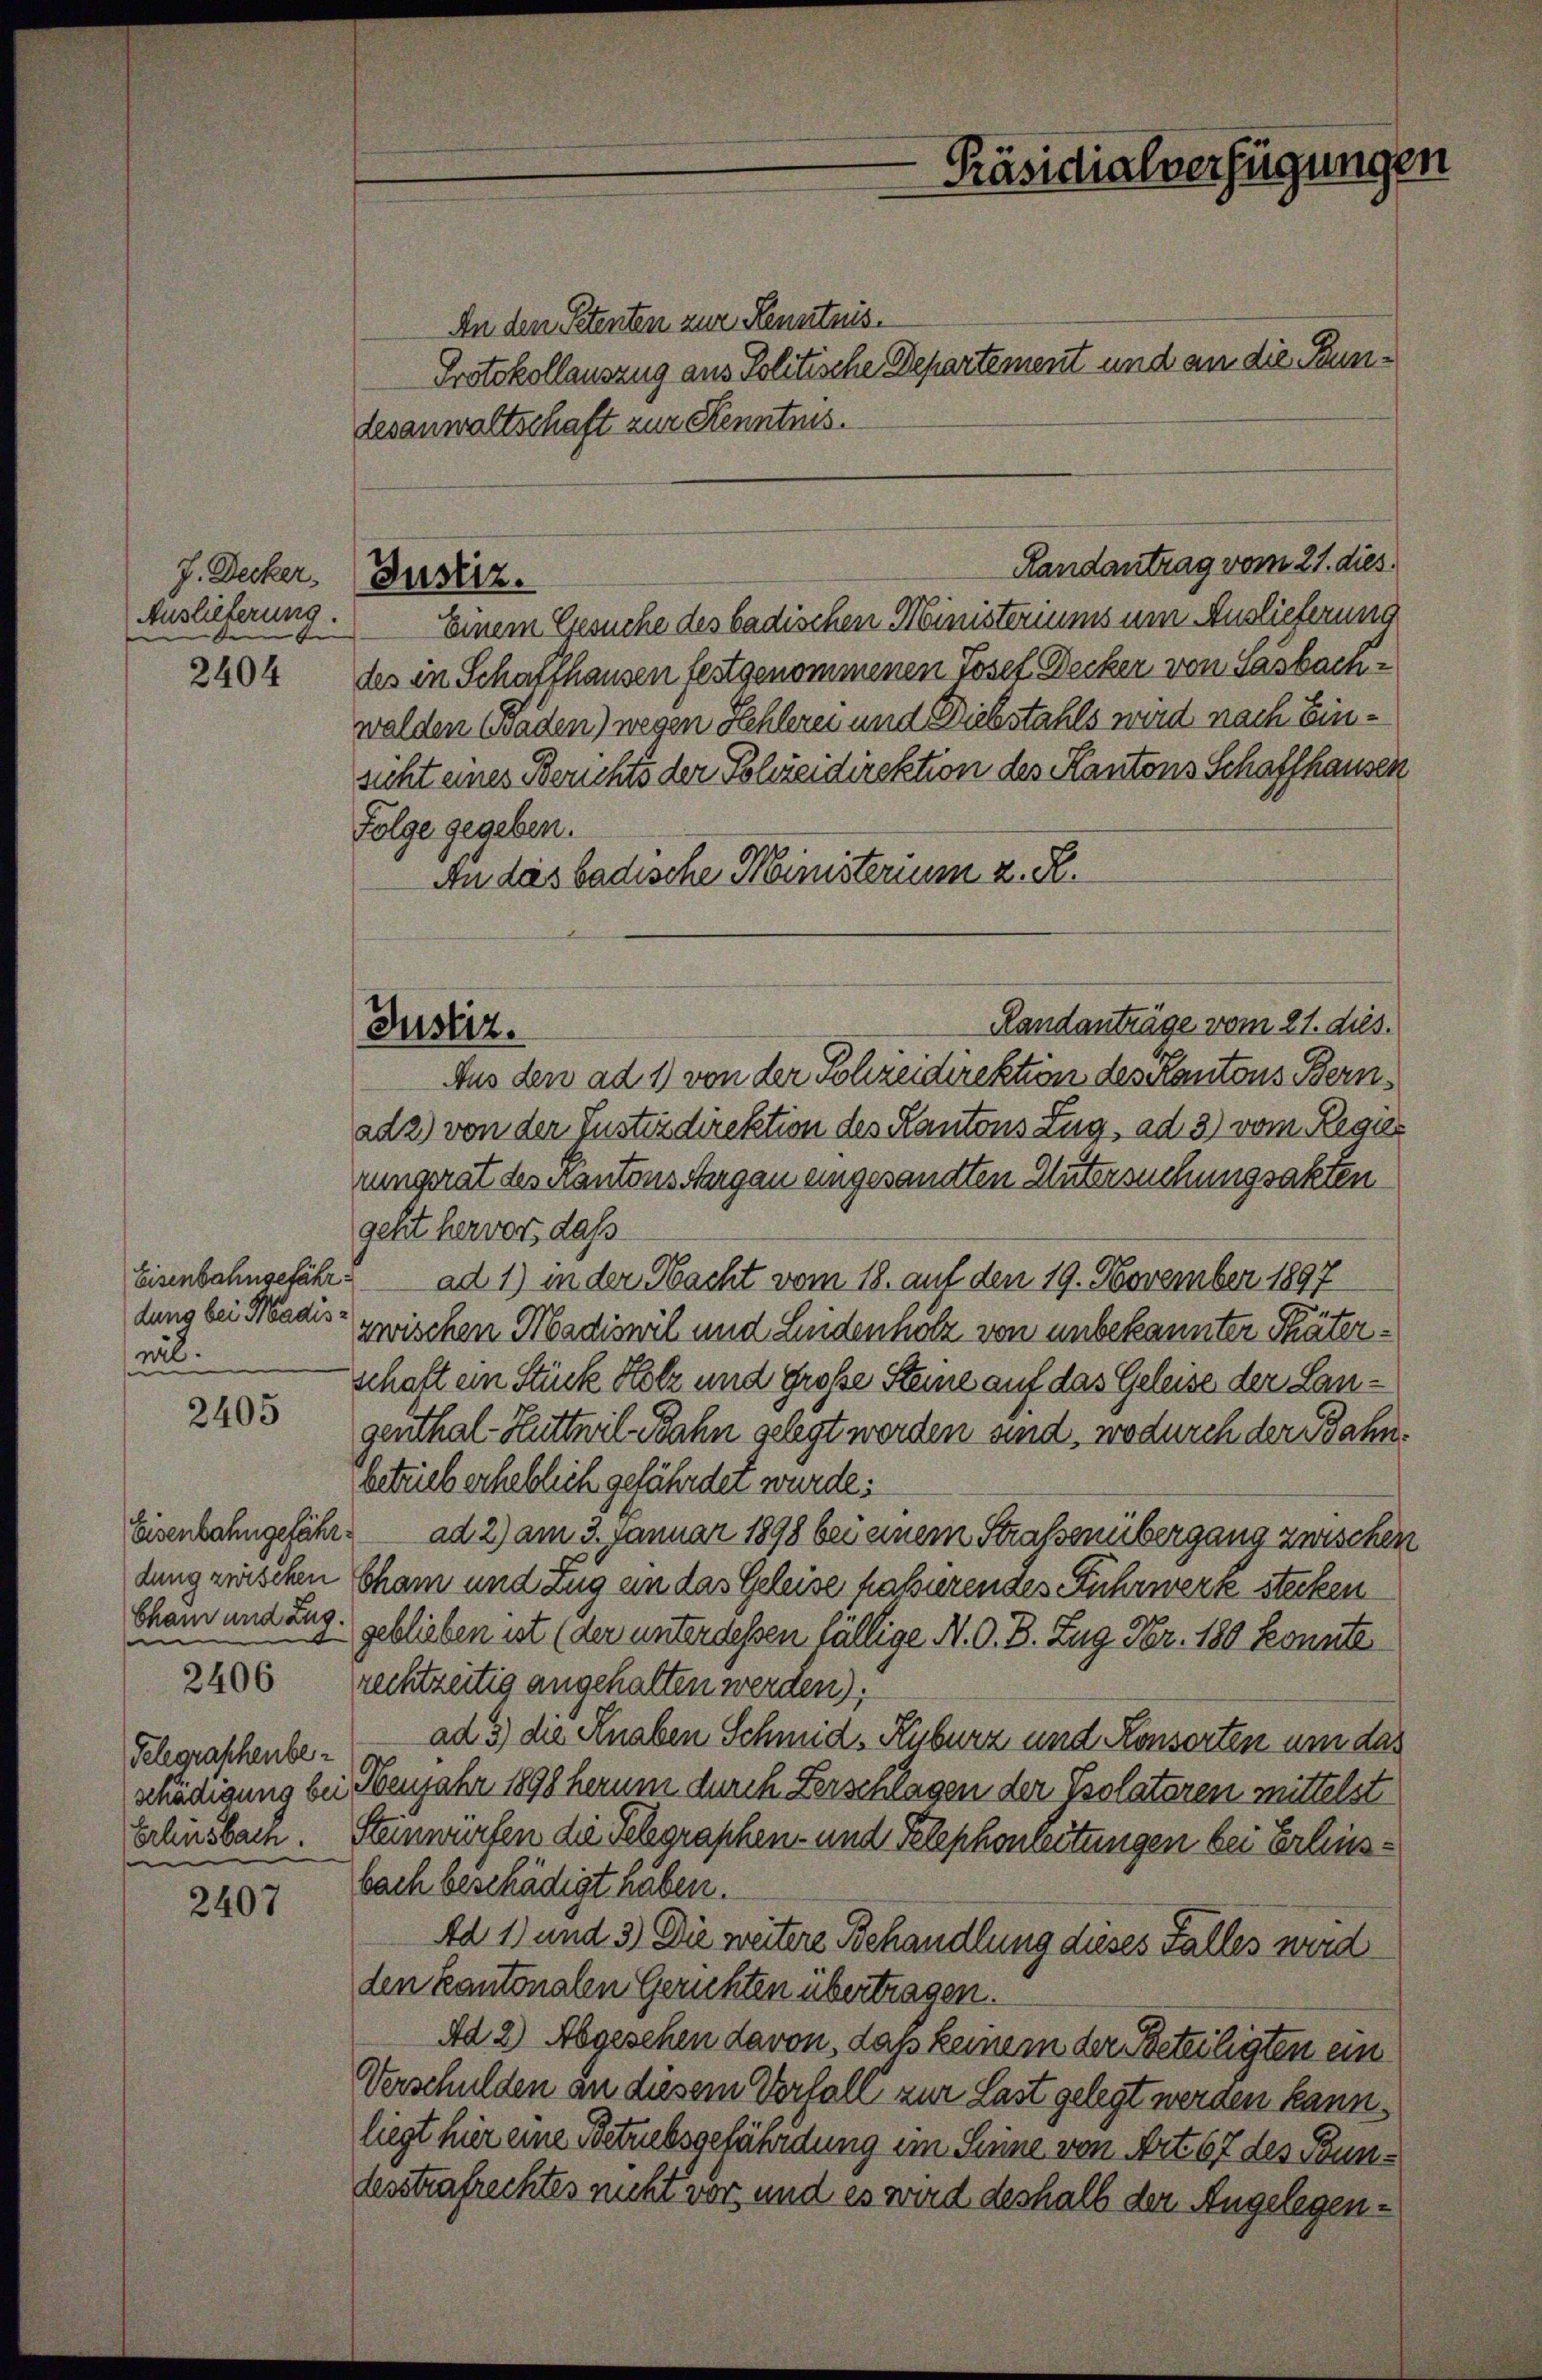
J. Decker,
Auslieferung.

2404

dung bei Hadisrib.

2405

Eisenbahngefähr
dung zwischen
Cham und Zug.
sein
2406
Telegraphenbeschädigung bei
Erlinsbach.
s

2407

An den Petenten zur Kenntnis.
Protokollauszug aus Politische Departement und an die Seundesanwaltschaft zur Kenntnis.
Randantrag vom 21. dies
Einem Gesuche des badischen Ministeriums um Auslieferung
des in Schaffhausen festgenommenen Josef Decker von Sasbachwalden (waden) wegen Kehlerei und Diebstahls wird nach Einsicht eines Berichts der Polizeidirektion des Kantons Schaffhausen
Folge gegeben.
An das badische Ministerium z. R.
Randanträge vom 21. dies.
Aus den ad 1) von der Schreidirektion des Kantons Bern,
ad 2) von der Justizdirektion des Kantons Zug, ad 3) vom Regier
rungerat des Kantons Aargau eingesandten Untersuchungsakten
geht hervor, daß
Eisenbahngefähr. ad 1) in der Nacht vom 18. auf den 19. November 1897
zwischen Madionil und Lindenholz von unbekannter Thäterschaft ein Stück Holz und Große Steine auf das Geleise der Langenthal-Huttwil-Bahn gelegt werden sind, wodurch der Bahnbetrieb erheblich gefährdet wurde;
 ad 2) am 3. Januar 1898 bei einem Straßenübergang zwischen
Cham und Zug ein das Geleise passierendes Fuhrwerk stecken
geblieben ist (der unter dessen fällige N. O. B. Zug Fr. 180 konnte
rechtzeitig angehalten werden);
ad 3) die Knaben Schmid, Kyburz und Konsorten um das
 Neujahr 1898 herum durch Verschlagen der Psolatoren mittelst
Steinwürfen die Telegraphen- und Telephonleitungen bei Erleissbach beschädigt haben.
Ad 1) und 3) Die weitere Behandlung dieses Falles wird
den kantonalen Gerichten übertragen.
Ad 2) Abgesehen davon, daß keinem der Beteiligten ein
Verschulden an diesem Vorfall zur Last gelegt werden kann.
liegt hier eine Betriebsgefährdung ein Seine von Art. 67 des Bundesstrafrechtes nicht vor und es wird deshalb der Angelegen¬

Justiz.

Justiz.

Präsidialverfügungen